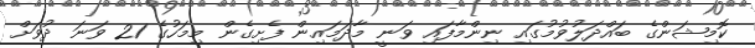
ކޮމިޝަންގެ ބައްދަލުވުމުގައި ނިންމާފައި ވަނީ މާދަމައިން ފެށިގެން މިމަހުގެ 21 ވަނަ ދުވަަށް